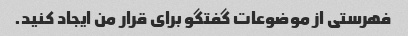
فهرستی از موضوعات گفتگو برای قرار من ایجاد کنید.